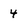
Character: 4